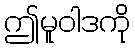
ဤမူဝါဒကို